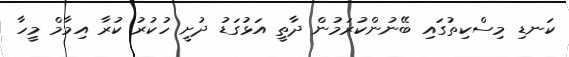
ކަނޑި މިސްކިތުގައި ބޭނުންކުރަމުން ދާތީ އަޅުގަޑު ދުށީ ހުކުރު ކުރާ އިމާމް މީހާ